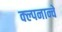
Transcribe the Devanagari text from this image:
क्ल्पनान्चे